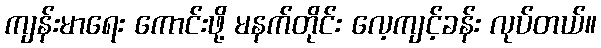
ကျန်းမာရေး ကောင်းဖို့ မနက်တိုင်း လေ့ကျင့်ခန်း လုပ်တယ်။